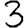
Digit: 3